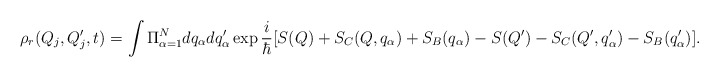
\begin{align*}\rho_r(Q_{j}, Q'_{j}, t) = \int \Pi_{\alpha=1}^{N} dq_{\alpha} dq'_{\alpha} \exp \frac{i}{\hbar} [S(Q)+S_C(Q,q_{\alpha})+S_B(q_{\alpha}) -S(Q')-S_C(Q',q'_{\alpha})- S_B(q'_{\alpha})].\end{align*}